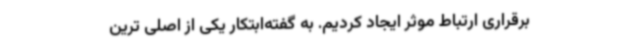
برقراری ارتباط موثر ایجاد کردیم. به گفته‌ابتکار یکی از اصلی ترین